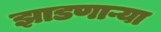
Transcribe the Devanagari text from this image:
झाडणाऱ्या